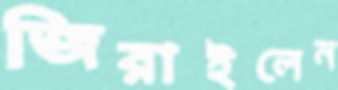
জিরাইলেন